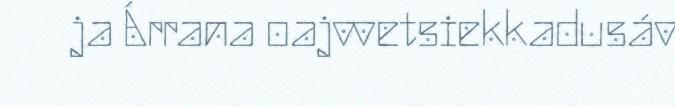
ja Árrana oajvvetsiekkadusáv